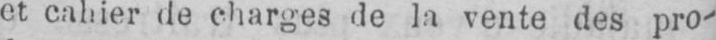
et cahier de charges de la vente des pro-